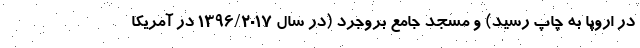
در اروپا به چاپ رسید) و مسجد جامع بروجرد (در سال ۱۳۹۶/۲۰۱۷ در آمریکا